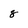
Character: 8